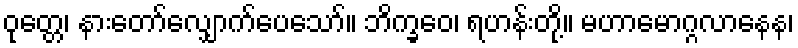
ဝုတ္တေ၊ နားတော်လျှောက်ပေသော်။ ဘိက္ခဝေ၊ ရဟန်းတို့။ မဟာမောဂ္ဂလာနေန၊